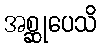
အစ္ဆုပေသိ